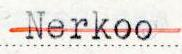
Nerkoo